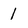
Character: 1